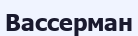
Вассерман